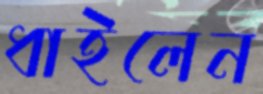
ধাইলেন